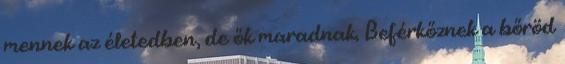
mennek az életedben, de ők maradnak. Beférkőznek a bőröd